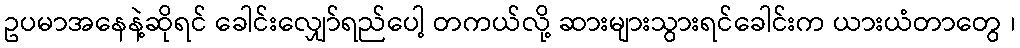
ဥပမာအနေနဲ့ဆိုရင် ခေါင်းလျှော်ရည်ပေါ့ တကယ်လို့ ဆားများသွားရင်ခေါင်းက ယားယံတာတွေ ၊